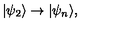
| \psi _ { 2 } \rangle \rightarrow | \psi _ { n } \rangle ,